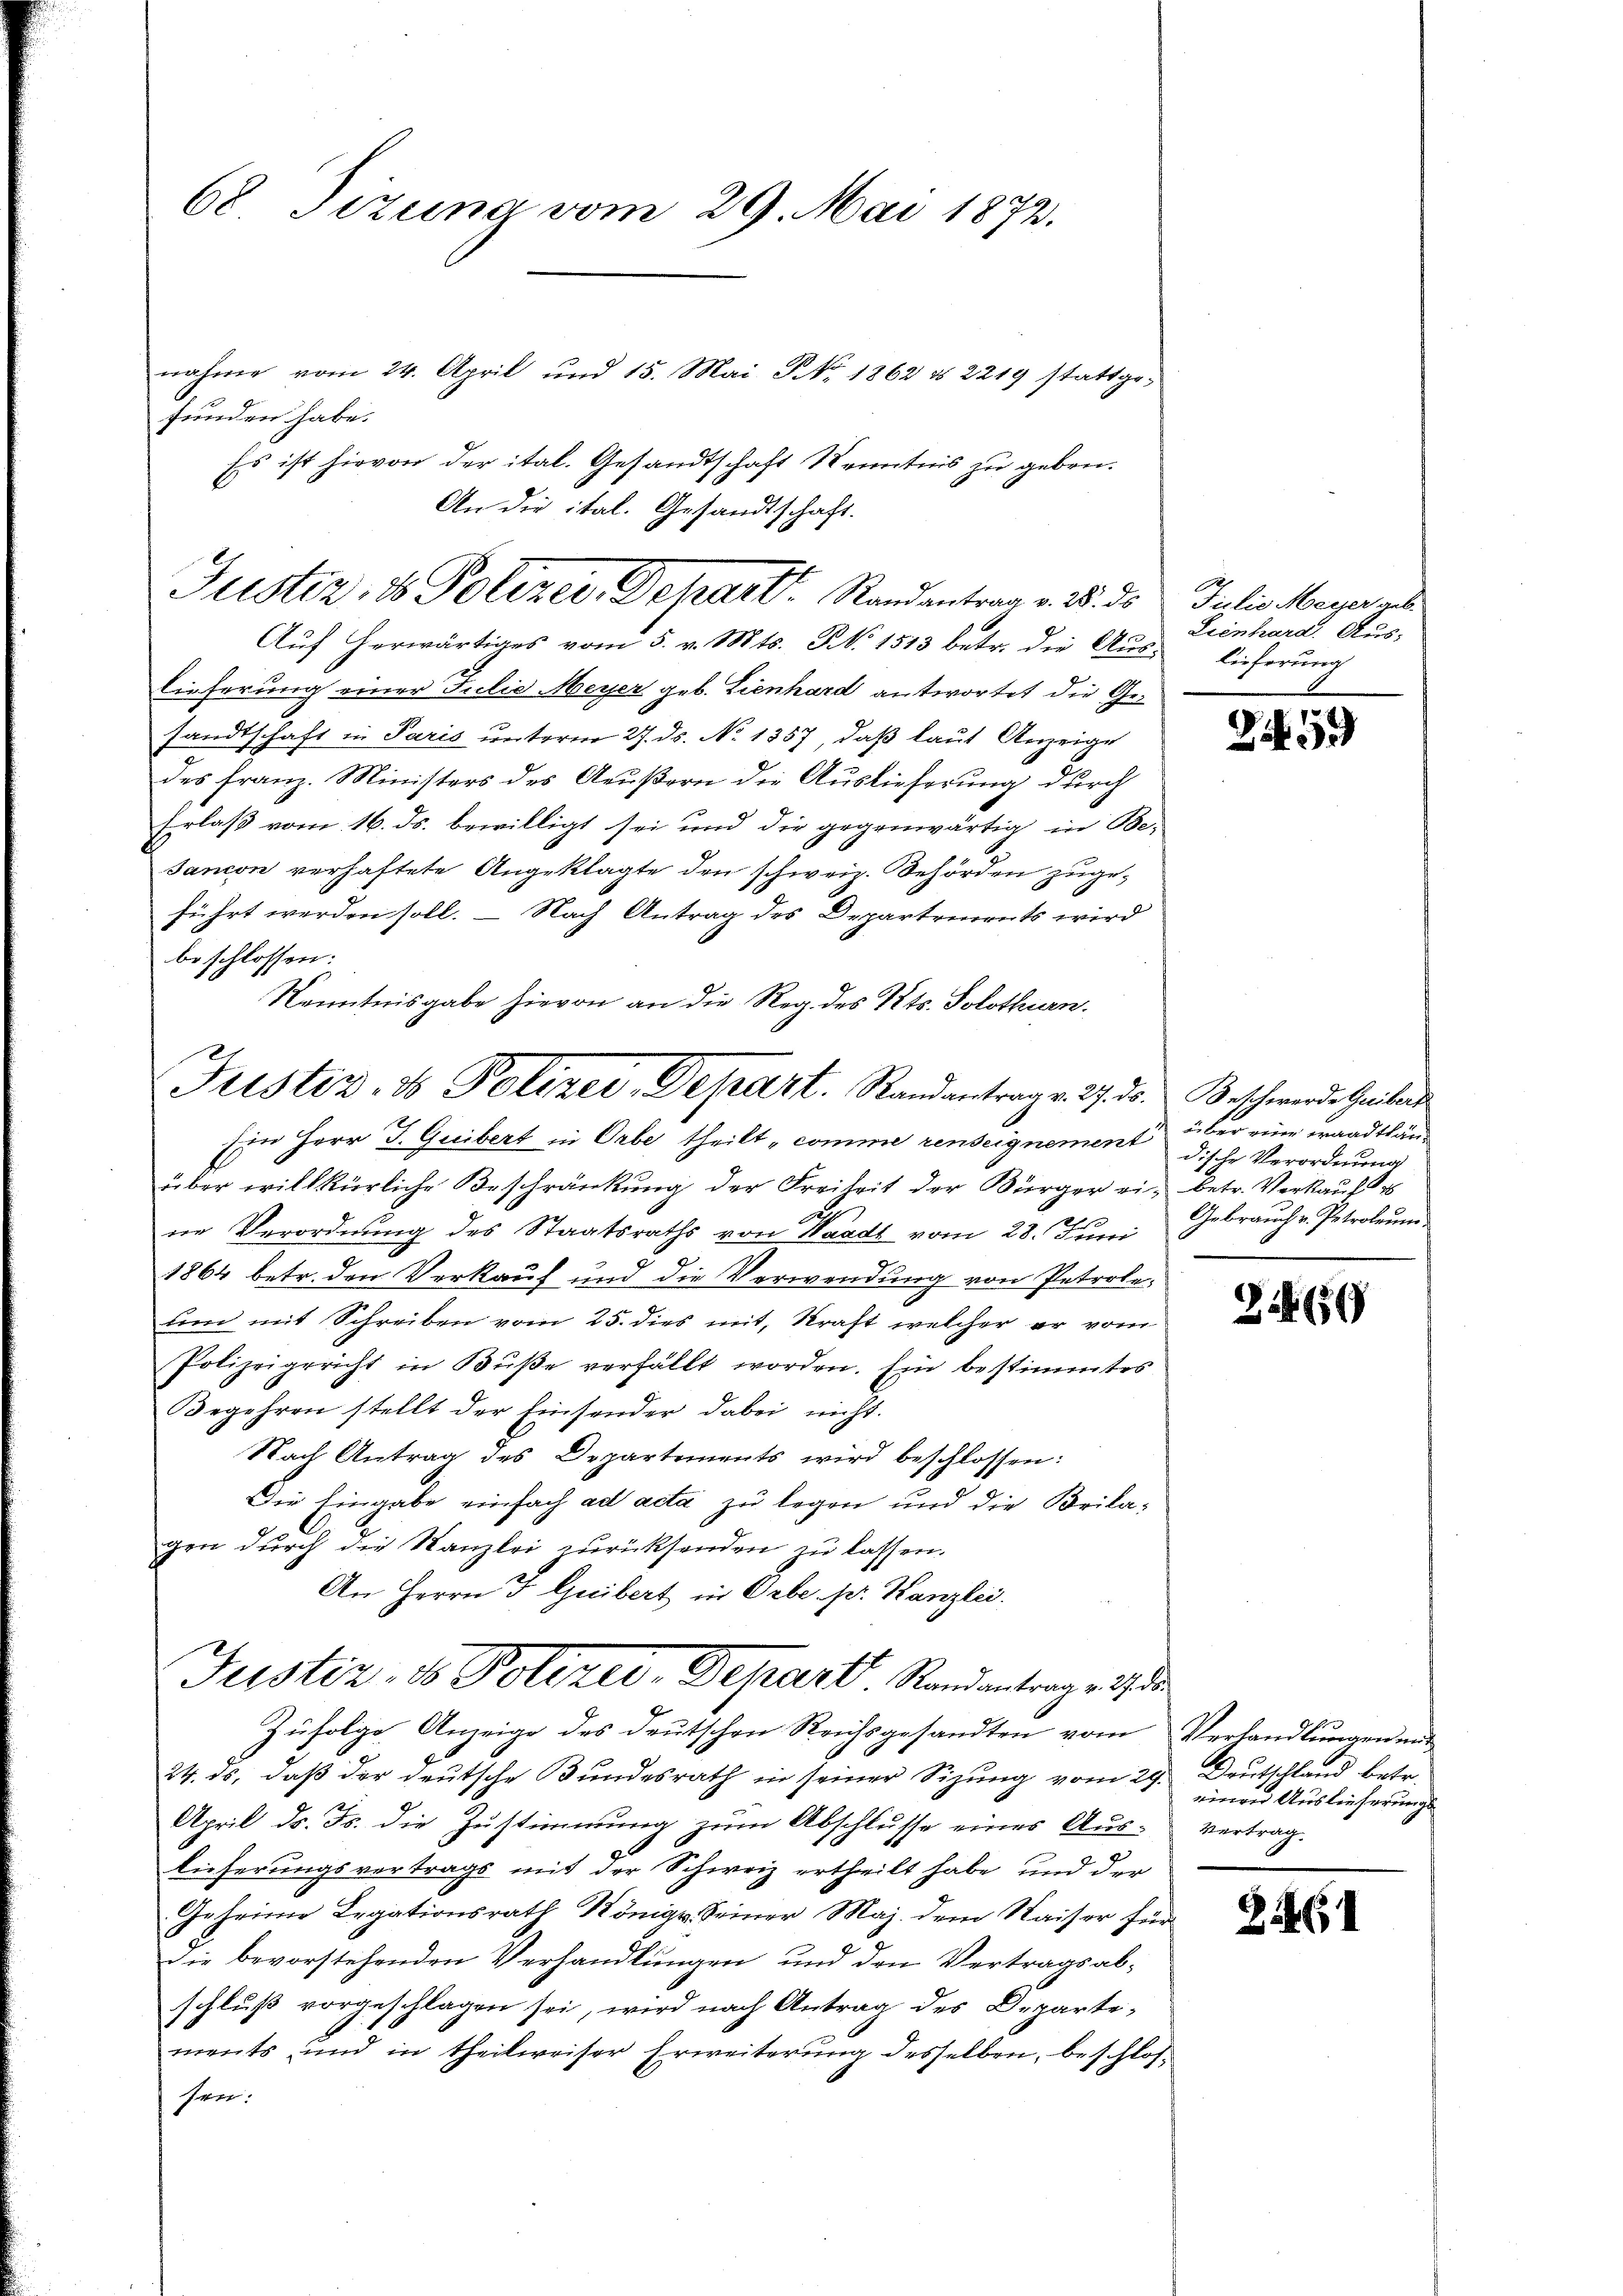
68 Sizung vom 29. Mai 1873.

nahme vom 24. April und 15. Mai J. 1862 § 2219 stattge-
funden habe.
Es ist hievon der ital. Gesandtschaft Kenntnis zu geben.
An die ital. Gesandtschaft.

Justiz, 1 Polizer, Depart Randantrag v. M. ds
Auf herwärtiges vom 5. v. Mts. N. 1513 betr. die Auslieferung

lieferung einer Julio Meyer geb. Lienhard antwortet die Gesandtschaft in Paris unterm 27. ds. No 1357, daß laut Anzeige
des Franz. Ministers des Aeußern die Auslieferung durch
Erlaß vom 16. ds. bewilligt sei und die gegenwärtig in Be-
sanion verhaftete Angeklagte den schweiz. Behörden zugeführt werden soll. — Nach Antrag des Departements wird
beschlossen:
Ein Herr J. Guibert in Orbe theilt „comme renseignement
über willkürliche Beschränkung der Freiheit der Bürger ein betr. Verkauf
ne Verordnung des Staatsraths von Waadt vom 28. Juni
1864 betr. den Verkauf und die Verwendung von Petrole¬
Eim mit Schreiben vom 25. dies mit, Kraft welcher er vom
Polizeigericht in Buße verfällt worden. Ein bestimmtes
Begehren stellt der Einsonder dabei nicht.
Nach Antrag des Departements wird beschlossen:
Die Eingabe einfach ad acta zu legen und die Brilagen durch die Kanzlei zurücksenden zu lassen.
An Herrn J. Greibert in Orbe. pr. Kanzlei.

Kenntnisgabe hievon an die Reg. des Kts. Solothurn.
Justiz- & Polizei, Depart. Randantrage. 27. ds. Beschwerde Geleis

Justiz- & Polizei, Depart Randantrages de
Zufolge Anzeige des Deutschen Reichsgesandten vom Verhandlungen und

24. ds, daß der deutsche Bundesrath in seiner Sizung vom 29. Deutschland betr.
April d. Js. die Zustimmung zum Abschlusse eines Aus-
2
lieferungsvertrags mit der Schweiz ertheilt habe, und der
Geheime Legationsrath Königr. Seiner Maj. dem Waiser find
die bevorstehenden Verhandlungen und den Vertragsabschluß vorgeschlagen sei, wird nach Antrag des Departements und in theilweiser Erweiterŭng desselben, beschlos
see.

1
Julie Meyer geb.
Lienhard. Aus¬

19

über eine Waadtländische Verordnung
Gebrauch v. Petroleum.

2650

einen Auslieferungs
Vertrag.

Z 46